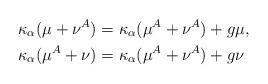
LaTeX: \begin{align*}\kappa_\alpha(\mu+\nu^A)&=\kappa_\alpha(\mu^A+\nu^A)+g\mu,\\\kappa_\alpha(\mu^A+\nu)&=\kappa_\alpha(\mu^A+\nu^A)+g\nu\end{align*}